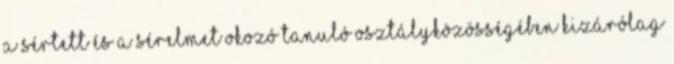
a sértett és a sérelmet okozó tanuló osztályközösségében kizárólag